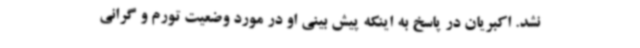
نشد. اکبریان در پاسخ به اینکه پیش بینی او در مورد وضعیت تورم و گرانی